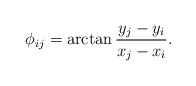
\begin{align*}\phi_{ij} = \arctan\frac{y_{j} - y_{i}}{x_{j} - x_{i}}.\end{align*}